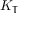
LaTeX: K _ { \mathbb { T } }